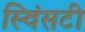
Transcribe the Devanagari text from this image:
स्विंसटी